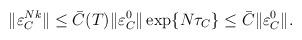
LaTeX: \begin{align*} \|\varepsilon_C^{Nk}\| &\leq \bar{C}(T)\|\varepsilon_{C}^{0}\|\exp\{N\tau_C\}\leq \bar{C}\|\varepsilon_{C}^{0}\|. \end{align*}